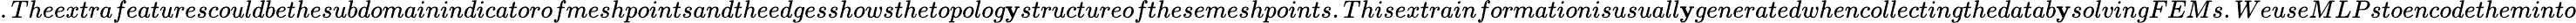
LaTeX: .Theextrafeaturescouldbethesubdomainindicatorofmeshpointsandtheedgesshowsthetopolog\mathbf{y}structureofthesemeshpoints.Thisextrainformationisusuall\mathbf{y}generatedwhencollectingthedatab\mathbf{y}solvingFEMs.WeuseMLPstoencodetheminto